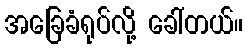
အခြေခံရုပ်လို့ ခေါ်တယ်။